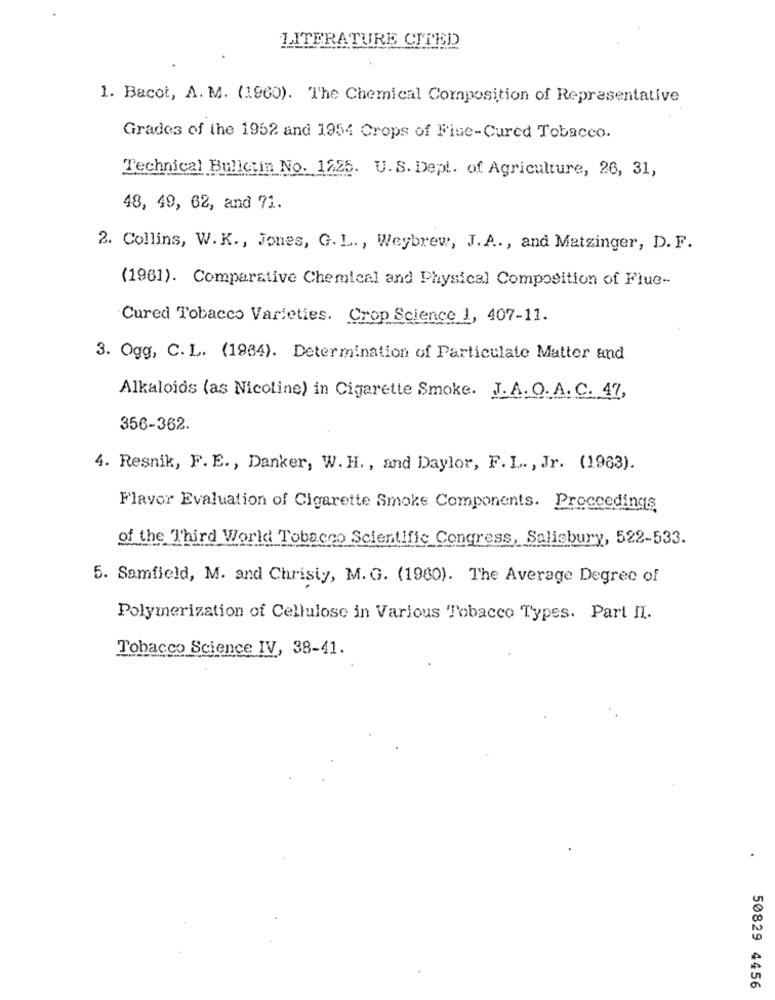
LITERATURE CITED
1. Bacot, A. M. (1960). The Chemical Composition of Representative
Grados of the 1952 and 1954 Crops of Fiue-Cured Tobacco.
Technical Bulletin No. 1225. U.S. Dept. of Agriculture, 26, 31,
48, 49, 62, and 71.
2. Collins, W.K ., Jones, G. L. , Weybrew, J. A ., and Matzinger, D. F.
(1961). Comparative Chemical and Physical Composition of Flue-
Cured Tobacco Varieties. Crop Science 1, 407-11.
3. Ogg, C. L. (1984). Determination of Particulate Matter and
Alkaloids (as Nicoline) in Cigarette Smoke. J.A. O.A. C. 47,
356-362.
4. Resnik, F. E ., Danker, W. H ., and Daylor, F. L. , Jr. (1963).
Flavor Evaluation of Cigarette Smoke Components. Proceedings
of the Third World Tobacco Scientific Congress, Salisbury, 522-533.
5. Samfield, M. and Christy, M. G. (1980). The Average Degree of
Polymerization of Cellulose in Various Tobacco Types. Part II.
Tobacco Science IV, 38-41.
50829 4456